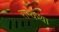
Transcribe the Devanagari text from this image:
राम्कथा